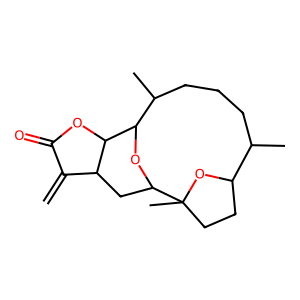
SMILES: C=C1C(=O)OC2C1CC1OC2C(C)CCCC(C)C2CCC1(C)O2
Inhibits HIV replication: No